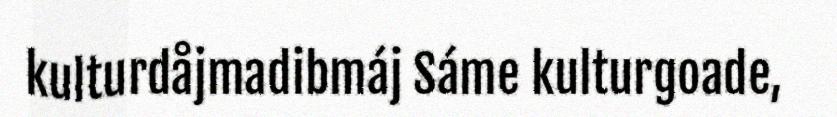
kulturdåjmadibmáj Sáme kulturgoade,